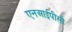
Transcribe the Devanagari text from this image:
एनआईपीसी